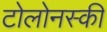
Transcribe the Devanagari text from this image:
टोलोनस्की